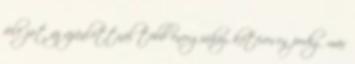
fele jut az ajánlottnál több energiához, kétévesen pedig már